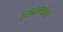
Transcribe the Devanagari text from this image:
सामण्यांचा